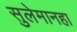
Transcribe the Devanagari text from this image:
सुलेमानहा